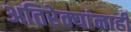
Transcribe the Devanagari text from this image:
अतिरेक्यांनाही